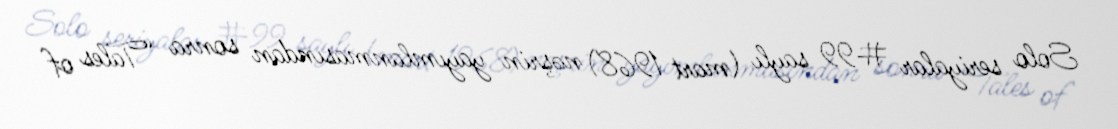
Solo seriyalar #99 saylı (mart 1968) nəşrin yayımlanmasından sonra “Tales of